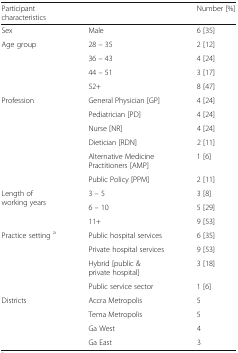
<table><thead><tr><td><b>Participant characteristics</b></td><td></td><td><b>Number [%]</b></td></tr></thead><tbody><tr><td>Sex</td><td>Male</td><td>6 [35]</td></tr><tr><td rowspan="4">Age group</td><td>28 – 35</td><td>2 [12]</td></tr><tr><td>36 – 43</td><td>4 [24]</td></tr><tr><td>44 – 51</td><td>3 [17]</td></tr><tr><td>52+</td><td>8 [47]</td></tr><tr><td rowspan="6">Profession</td><td>General Physician [GP]</td><td>4 [24]</td></tr><tr><td>Pediatrician [PD]</td><td>4 [24]</td></tr><tr><td>Nurse [NR]</td><td>4 [24]</td></tr><tr><td>Dietician [RDN]</td><td>2 [11]</td></tr><tr><td>Alternative Medicine Practitioners [AMP]</td><td>1 [6]</td></tr><tr><td>Public Policy [PPM]</td><td>2 [11]</td></tr><tr><td rowspan="3">Length of working years</td><td>3 – 5</td><td>3 [8]</td></tr><tr><td>6 – 10</td><td>5 [29]</td></tr><tr><td>11+</td><td>9 [53]</td></tr><tr><td rowspan="4">Practice setting <sup>a</sup></td><td>Public hospital services</td><td>6 [35]</td></tr><tr><td>Private hospital services</td><td>9 [53]</td></tr><tr><td>Hybrid [public &amp; private hospital]</td><td>3 [18]</td></tr><tr><td>Public service sector</td><td>1 [6]</td></tr><tr><td rowspan="4">Districts</td><td>Accra Metropolis</td><td>5</td></tr><tr><td>Tema Metropolis</td><td>5</td></tr><tr><td>Ga West</td><td>4</td></tr><tr><td>Ga East</td><td>3</td></tr></tbody></table>